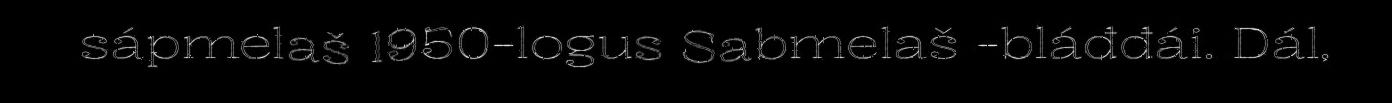
sápmelaš 1950-logus Sabmelaš -bláđđái. Dál,